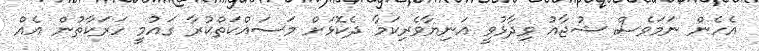
އެހެން ނަމަވެސް ޝުޖާއު ވިދާޅުވީ އަނިޔާވެރިކަމާ ދެކޮޅަށް މަސައްކަތްކުރާ ގައުމީ ހަރަކާތުން އެއް